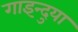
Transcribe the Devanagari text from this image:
गाइन्दुया